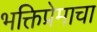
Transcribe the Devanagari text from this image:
भक्तिप्रेमाचा